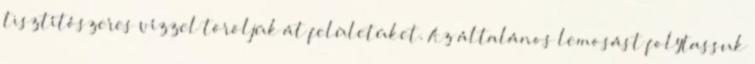
tisztítószeres vízzel töröljük át felületüket. Az általános lemosást folytassuk